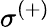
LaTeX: \sigma^{(+)}